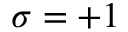
\sigma = + 1